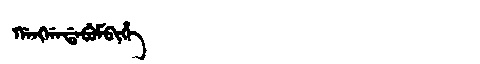
Manchu: ᡤᠠᠩᡤᠠᡩᠠᠪᡠᠮᠪᡳᡥᡝ
Romanization: GANGGADABUMBIHE